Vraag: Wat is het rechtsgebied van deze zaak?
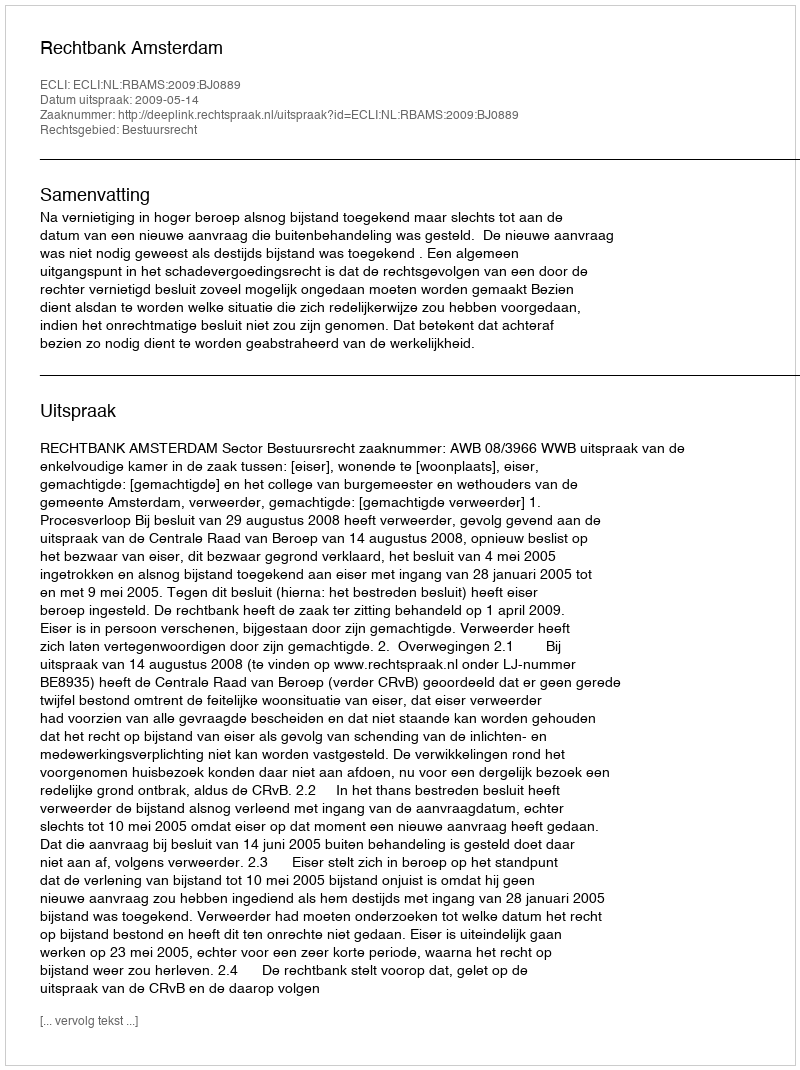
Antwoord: Bestuursrecht